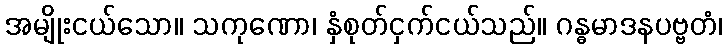
အမျိုးငယ်သော။ သကုဏော၊ နှံစုတ်ငှက်ငယ်သည်။ ဂန္ဓမာဒနပဗ္ဗတံ၊